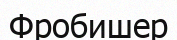
Фробишер